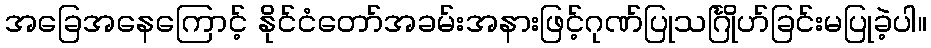
အခြေအနေကြောင့် နိုင်ငံတော်အခမ်းအနားဖြင့်ဂုဏ်ပြုသင်္ဂြိုဟ်ခြင်းမပြုခဲ့ပါ။